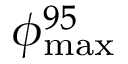
\phi _ { \mathrm { m a x } } ^ { 9 5 }